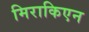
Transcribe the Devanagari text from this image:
मिराकिएन